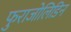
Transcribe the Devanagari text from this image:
फुराजोलिडिन